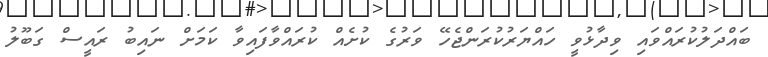
ބައްދަލުކުރައްވައި ވިދާޅުވީ ހައްޔަރުކުރަންޖެހޭ ވަރުގެ ކުށެއް ކުރައްވާފައިވާ ކަމަށް ނައިބު ރައީސް ގަބޫލު